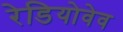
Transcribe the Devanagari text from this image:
रेडियोवेव